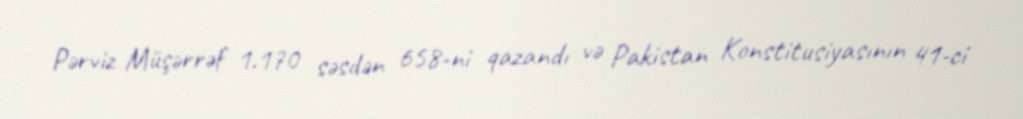
Pərviz Müşərrəf 1.170 səsdən 658-ni qazandı və Pakistan Konstitusiyasının 41-ci